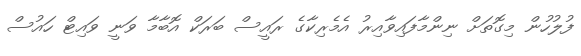
ފުލުހުން މިގޮތަށް ނިންމާފައިވާއިރު އެމެރިކާގެ ރައީސް ބަރަކް އޮބާމާ ވަނީ ވައިޓް ހައުސް